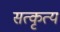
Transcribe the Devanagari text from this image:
सत्कृत्यं